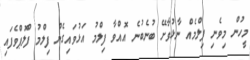
މީހުން މިވެނި ފިލްމެއް ނާޅުވާށޭ ބުނެބުނެ އޮއްވާ ފިލްމު އަޅުވައިގެން ފިލްމު ފްލޮޕްވެފައި